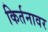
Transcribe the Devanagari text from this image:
किर्तनावर